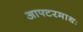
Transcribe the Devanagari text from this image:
आफ्टरमाथः